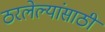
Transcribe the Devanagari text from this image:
ठरलेल्यांसाठी